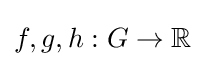
f,g,h:G\to \mathbb {R}